Report on horse surra - Volume I
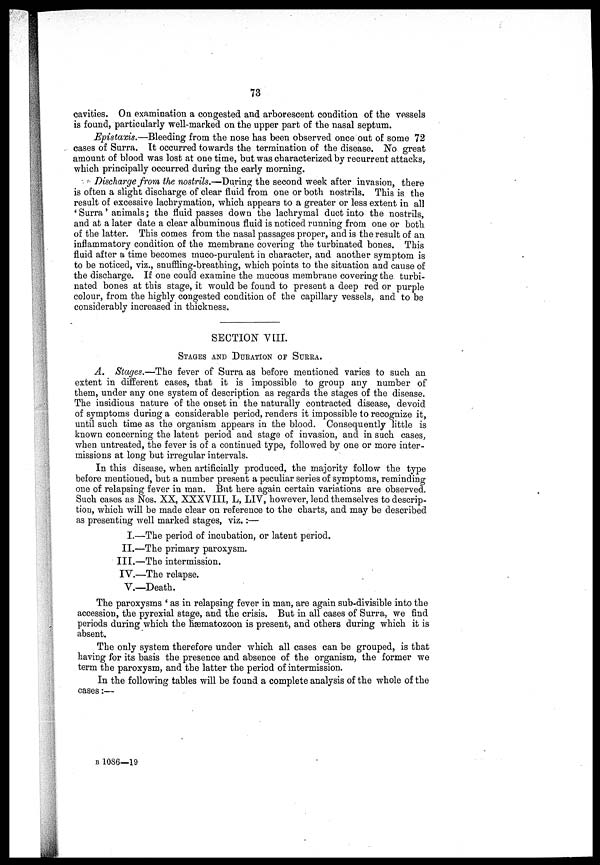
73
cavities. On examination a congested and arborescent condition of the vessels
is found, particularly well-marked on the upper part of the nasal septum.
Epistaxis.—Bleeding from the nose has been observed once out of some 72
cases of Surra. It occurred towards the termination of the disease. No great
amount of blood was lost at one time, but was characterized by recurrent attacks,
which principally occurred during the early morning.
Discharge from the nostrils.—During the second week after invasion, there
is often a slight discharge of clear fluid from one or both nostrils. This is the
result of excessive lachrymation, which appears to a greater or less extent in all
'Surra' animals ; the fluid passes down the lachrymal duct into the nostrils,
and at a later date a clear albuminous fluid is noticed running from one or both
of the latter. This comes from the nasal passages proper, and is the result of an
inflammatory condition of the membrane covering the turbinated bones. This
fluid after a time becomes muco-purulent in character, and another symptom is
to be noticed, viz., snuffling-breathing, which points to the situation and cause of
the discharge. If one could examine the mucous membrane covering the turbi-
nated bones at this stage, it would be found to present a deep red or purple
colour, from the highly congested condition of the capillary vessels, and to be
considerably increased in thickness.
SECTION VIII.
STAGES AND DURATION OF SURRA.
A. Stages.—The fever of Surra as before mentioned varies to such an
extent in different cases, that it is impossible to group any number of
them, under any one system of description as regards the stages of the disease.
The insidious nature of the onset in the naturally contracted disease, devoid
of symptoms during a considerable period, renders it impossible to recognize it,
until such time as the organism appears in the blood. Consequently little is
known concerning the latent period and stage of invasion, and in such cases,
when untreated, the fever is of a continued type, followed by one or more inter-
missions at long but irregular intervals.
In this disease, when artificially produced, the majority follow the type
before mentioned, but a number present a peculiar series of symptoms, reminding
one of relapsing fever in man. But here again certain variations are observed.
Such cases as Nos. XX, XXXVIII, L, LIV, however, lend themselves to descrip-
tion, which will be made clear on reference to the charts, and may be described
as presenting well marked stages, viz.:—
I.—The period of incubation, or latent period.
II.—The primary paroxysm.
III.—The intermission.
IV.—The relapse.
V.—Death.
The paroxysms ' as in relapsing fever in man, are again sub-divisible into the
accession, the pyrexial stage, and the crisis. But in all cases of Surra, we find
periods during which the hæmatozoon is present, and others during which it is
absent.
The only system therefore under which all cases can be grouped, is that
having for its basis the presence and absence of the organism, the former we
term the paroxysm, and the latter the period of intermission.
In the following tables will be found a complete analysis of the whole of the
cases :—
B 1086—19